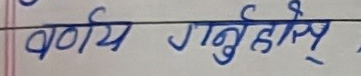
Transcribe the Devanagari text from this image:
वर्णन गर्नुहोस्